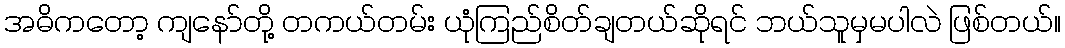
အဓိကတော့ ကျနော်တို့ တကယ်တမ်း ယုံကြည်စိတ်ချတယ်ဆိုရင် ဘယ်သူမှမပါလဲ ဖြစ်တယ်။